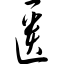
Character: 匮